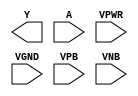
/**
 * Copyright 2020 The SkyWater PDK Authors
 *
 * Licensed under the Apache License, Version 2.0 (the "License");
 * you may not use this file except in compliance with the License.
 * You may obtain a copy of the License at
 *
 *     https://www.apache.org/licenses/LICENSE-2.0
 *
 * Unless required by applicable law or agreed to in writing, software
 * distributed under the License is distributed on an "AS IS" BASIS,
 * WITHOUT WARRANTIES OR CONDITIONS OF ANY KIND, either express or implied.
 * See the License for the specific language governing permissions and
 * limitations under the License.
 *
 * SPDX-License-Identifier: Apache-2.0
 */

`ifndef SKY130_FD_SC_MS__INV_PP_BLACKBOX_V
`define SKY130_FD_SC_MS__INV_PP_BLACKBOX_V

/**
 * inv: Inverter.
 *
 * Verilog stub definition (black box with power pins).
 *
 * WARNING: This file is autogenerated, do not modify directly!
 */

`timescale 1ns / 1ps
`default_nettype none

(* blackbox *)
module sky130_fd_sc_ms__inv (
    Y   ,
    A   ,
    VPWR,
    VGND,
    VPB ,
    VNB
);

    output Y   ;
    input  A   ;
    input  VPWR;
    input  VGND;
    input  VPB ;
    input  VNB ;
endmodule

`default_nettype wire
`endif  // SKY130_FD_SC_MS__INV_PP_BLACKBOX_V